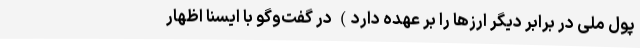
پول ملی در برابر دیگر ارزها را بر عهده دارد) در گفت‌وگو با ایسنا اظهار